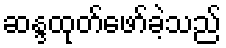
ဆန္ဒထုတ်ဖော်ခဲ့သည်